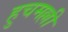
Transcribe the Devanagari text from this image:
हुचमल्ली